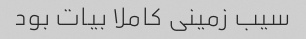
سیب زمینی کاملا بیات بود